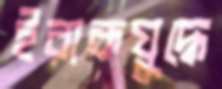
ইরাকযুদ্ধে